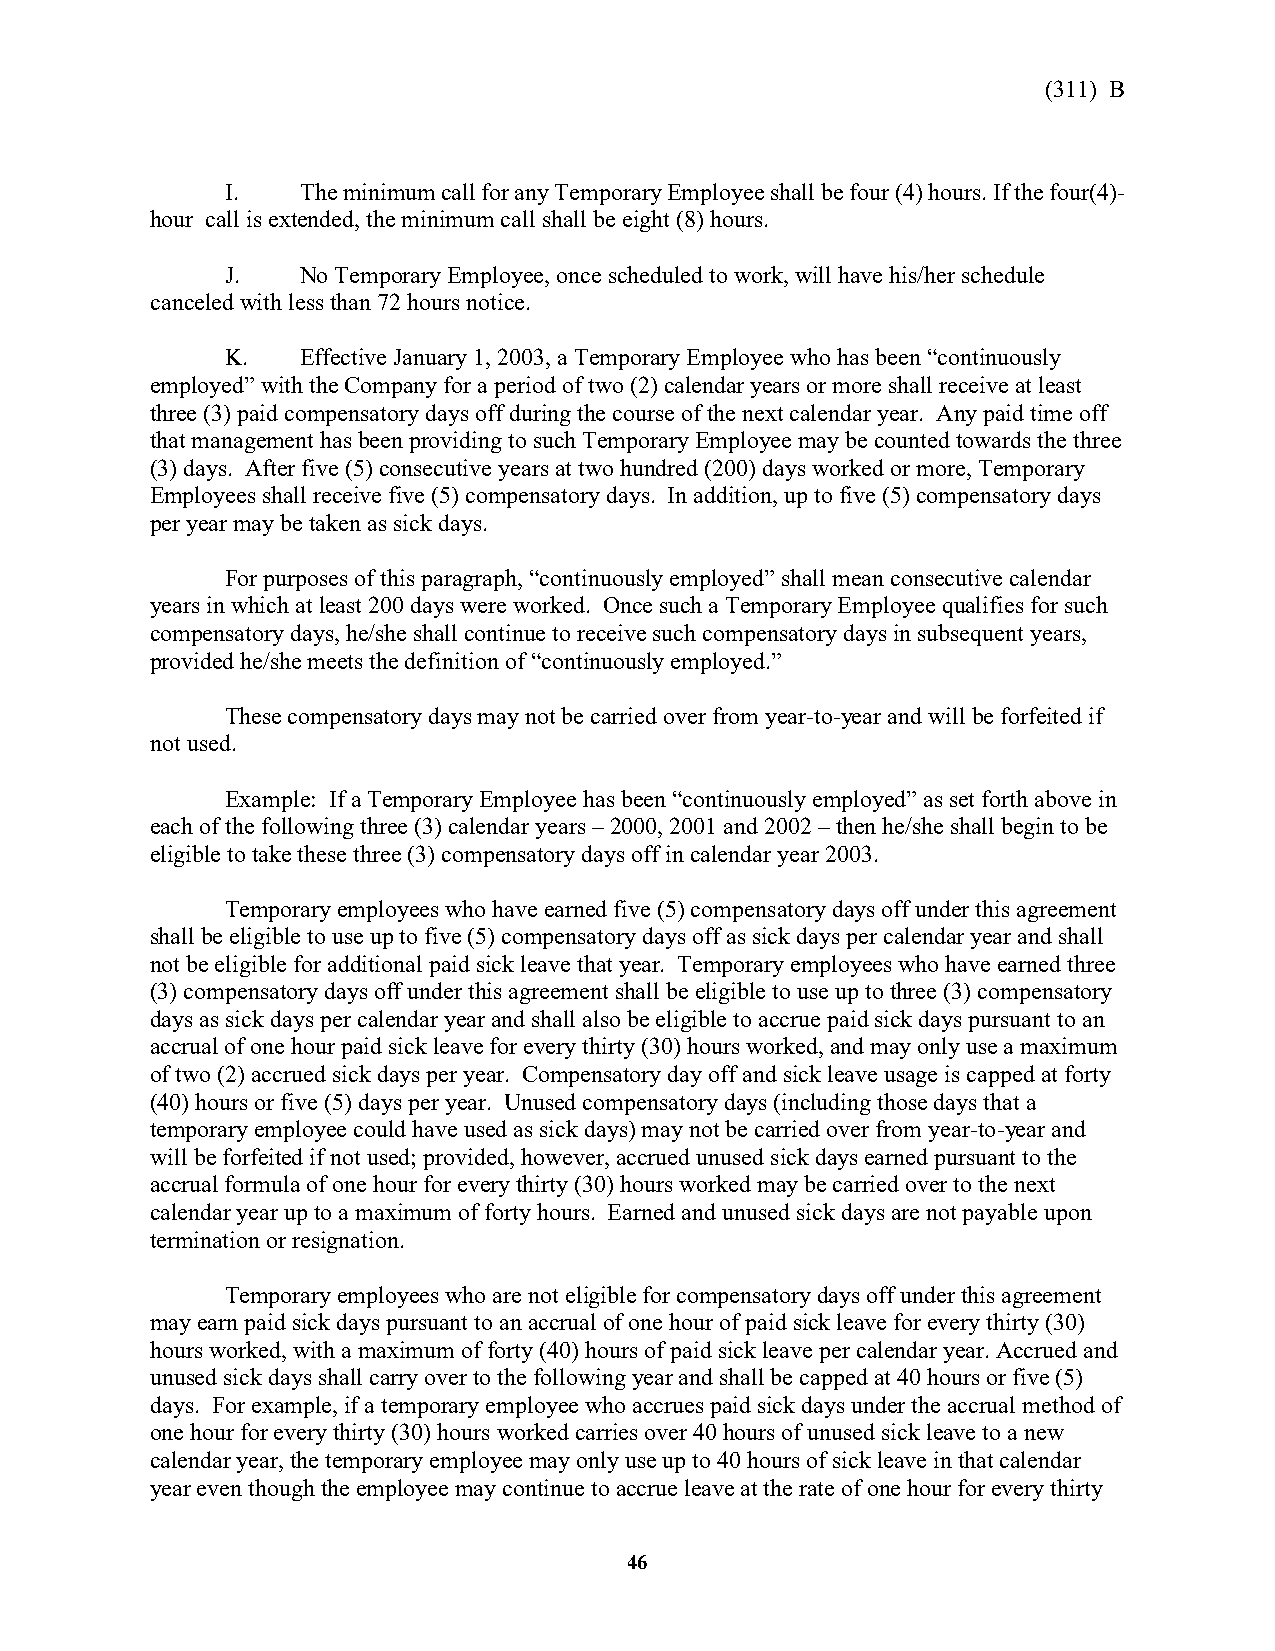
(311) B
 I.   The minimum call for any Temporary Employee shall be four (4) hours. If the four(4)-
 hour call is extended, the minimum call shall be eight (8) hours.
 J.   No Temporary Employee, once scheduled to work, will have his/her schedule
 canceled with less than 72 hours notice.
 K.   Effective January 1, 2003, a Temporary Employee who has been “continuously
 employed” with the Company for a period of two (2) calendar years or more shall receive at least
 three (3) paid compensatory days off during the course of the next calendar year. Any paid time off
 that management has been providing to such Temporary Employee may be counted towards the three
 (3) days. After five (5) consecutive years at two hundred (200) days worked or more, Temporary
 Employees shall receive five (5) compensatory days. In addition, up to five (5) compensatory days
 per year may be taken as sick days.
 For purposes of this paragraph, “continuously employed” shall mean consecutive calendar
 years in which at least 200 days were worked. Once such a Temporary Employee qualifies for such
 compensatory days, he/she shall continue to receive such compensatory days in subsequent years,
 provided he/she meets the definition of “continuously employed.”
 These compensatory days may not be carried over from year-to-year and will be forfeited if
 not used.
 Example: If a Temporary Employee has been “continuously employed” as set forth above in
 each of the following three (3) calendar years – 2000, 2001 and 2002 – then he/she shall begin to be
 eligible to take these three (3) compensatory days off in calendar year 2003.
 Temporary employees who have earned five (5) compensatory days off under this agreement
 shall be eligible to use up to five (5) compensatory days off as sick days per calendar year and shall
 not be eligible for additional paid sick leave that year. Temporary employees who have earned three
 (3) compensatory days off under this agreement shall be eligible to use up to three (3) compensatory
 days as sick days per calendar year and shall also be eligible to accrue paid sick days pursuant to an
 accrual of one hour paid sick leave for every thirty (30) hours worked, and may only use a maximum
 of two (2) accrued sick days per year. Compensatory day off and sick leave usage is capped at forty
 (40) hours or five (5) days per year. Unused compensatory days (including those days that a
 temporary employee could have used as sick days) may not be carried over from year-to-year and
 will be forfeited if not used; provided, however, accrued unused sick days earned pursuant to the
 accrual formula of one hour for every thirty (30) hours worked may be carried over to the next
 calendar year up to a maximum of forty hours. Earned and unused sick days are not payable upon
 termination or resignation.
 Temporary employees who are not eligible for compensatory days off under this agreement
 may earn paid sick days pursuant to an accrual of one hour of paid sick leave for every thirty (30)
 hours worked, with a maximum of forty (40) hours of paid sick leave per calendar year. Accrued and
 unused sick days shall carry over to the following year and shall be capped at 40 hours or five (5)
 days. For example, if a temporary employee who accrues paid sick days under the accrual method of
 one hour for every thirty (30) hours worked carries over 40 hours of unused sick leave to a new
 calendar year, the temporary employee may only use up to 40 hours of sick leave in that calendar
 year even though the employee may continue to accrue leave at the rate of one hour for every thirty
 46